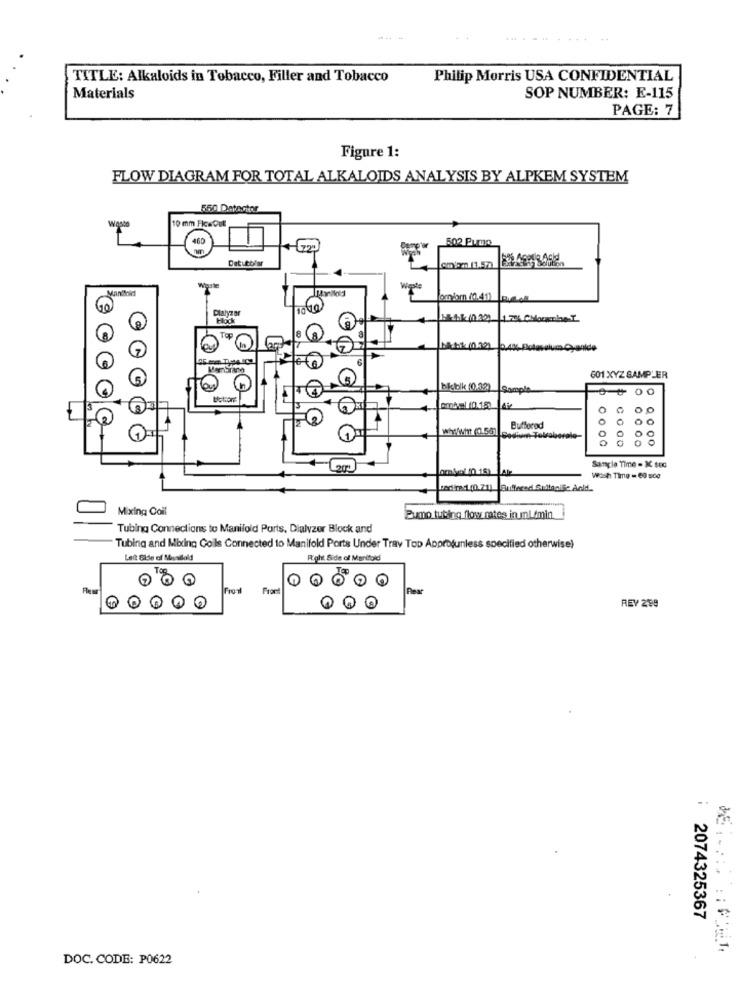
......
TITLE: Alkaloids in Tobacco, Filler and Tobacco
Philip Morris USA CONFIDENTIAL
Materials
SOP NUMBER: E-115
PAGE: 7
Figure 1:
FLOW DIAGRAM FOR TOTAL ALKALOIDS ANALYSIS BY ALPKEM SYSTEM
550 Detector
10 mm FicaColl
460
502 Pumo
Detutolar
Manitold
10
Dlalyzar
block
1 7% Chlounibet
Tep
lar
Mitk (0.32)
anide
Merbrana
601 XYZ SAMPLER
bliblk (0.32)
Sample
ombel 10.18)
0
0
whyMMtt (0.56)
Bufforod
Sample Time - 3 sec
Wash Time = 60 sco
terra:1(0 21) Buffered Sullagife And.
Mixing Coil
Zumo tubing flow rates inumL/min.
Tubing Connections to Manifold Ports, Dialyzer Block and
Tubing and Mixing Coils Connected to Manifold Ports Under Trav Top Approfunless specified otherwise)
Leit Side of Meathold
Right Side of Manifold!
Front
Front
0 0
REY 288
..
2074325367
DOC. CODE: P0622